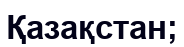
Қазақстан;